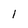
Character: l